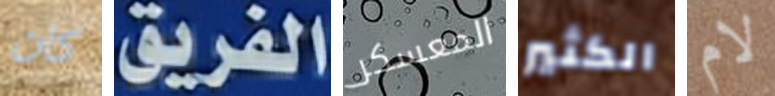
كان الفريق المعسكر الكثير لام